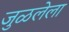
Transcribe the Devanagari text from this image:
जुळलेला